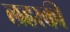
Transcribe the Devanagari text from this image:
लहरकी